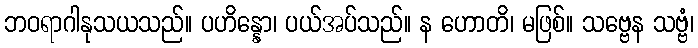
ဘဝရာဂါနုသယသည်။ ပဟိန္နော၊ ပယ်အပ်သည်။ န ဟောတိ၊ မဖြစ်။ သဗ္ဗေန သဗ္ဗံ၊